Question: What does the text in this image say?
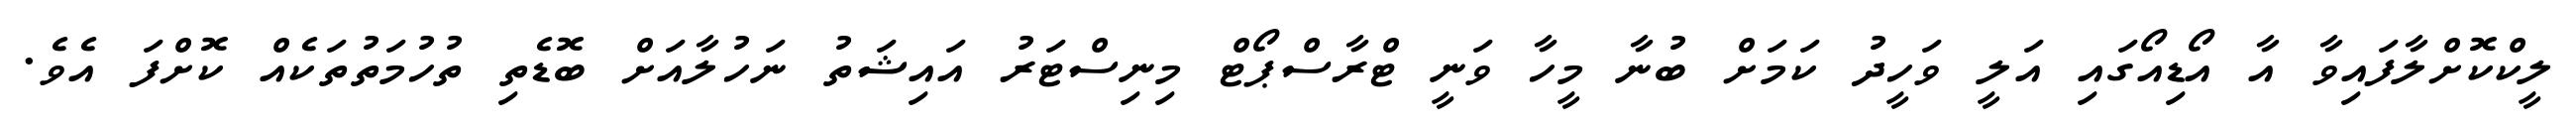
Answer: ލީކްކޮށްލާފައިވާ އާ އޯޑިއޯގައި އަލީ ވަހީދު ކަމަށް ބުނާ މީހާ ވަނީ ޓްރާސްޕޯޓް މިނިސްޓަރު އައިޝަތު ނަހުލާއަށް ބޮޑެތި ތުހުމަތުތަކެއް ކޮށްފަ އެވެ.